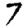
Digit: 7